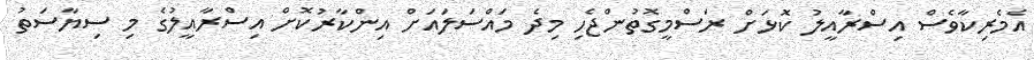
އެމެރިކާވެސް އިސްރާއީލު ކޮޅަށް ރަސްމީގޮތުންޖެހި މިދެ މައްސަލައަށް އިންކާރުކޮށް އިސްރާއީލުގެ މި ސިޔާސަތު